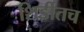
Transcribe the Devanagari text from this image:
शिर्डीतच